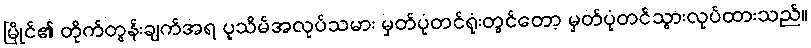
မြိုင်၏ တိုက်တွန်းချက်အရ ပုသိမ်အလုပ်သမား မှတ်ပုံတင်ရုံးတွင်တော့ မှတ်ပုံတင်သွားလုပ်ထားသည်။